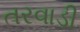
તરવાડી